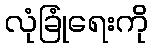
လုံခြုံရေးကို